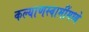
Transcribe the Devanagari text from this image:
कल्याणस्वामींमध्ये